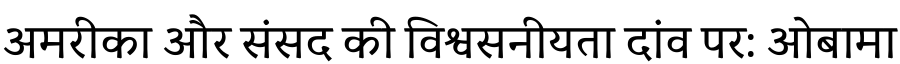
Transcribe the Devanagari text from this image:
अमरीका और संसद की विश्वसनीयता दांव पर: ओबामा